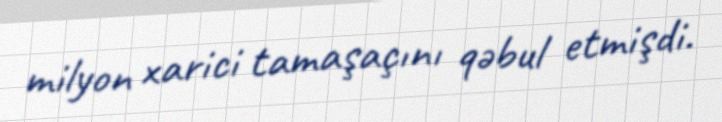
milyon xarici tamaşaçını qəbul etmişdi.